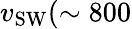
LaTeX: v_{\textrm{SW}}(\sim 800